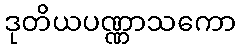
ဒုတိယပဏ္ဏာသကော